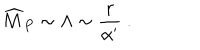
{ \widehat M } _ { P } \sim \Lambda \sim { \frac { r } { \alpha ^ { \prime } } } ~ .